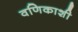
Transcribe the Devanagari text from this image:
वणिकाशी